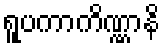
ရူပကာကိဏ္ဏာနိ